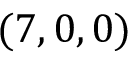
( 7 , 0 , 0 )